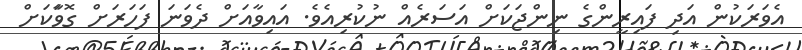
އެވަރަކުން އަދި ފައިރީންގެ ނިންޖަކަށް އަސަރެއް ނުކުރިއެވެ. އައިވާއަށް ދެވަނަ ފަހަރަށް ގޮވާަކަށް